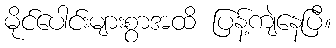
မိုင်ပေါင်းများစွာအထိ ပြန့်ကျဲနေပြီ။